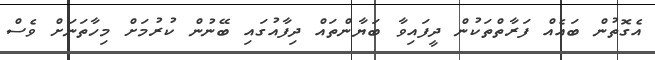
އެގޮތުން ބައެއް ފަރާތްތަކުން ދީފައިވާ ބަޔާންތައް ދިފާއުގައި ބޭނުން ކުރުމަށް މިހާތަނަށް ވެސް